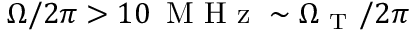
\Omega / 2 \pi > 1 0 \, \mathrm { ~ M ~ H ~ z ~ } \sim \Omega _ { \mathrm { ~ T ~ } } / 2 \pi